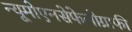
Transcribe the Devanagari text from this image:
न्यूमोएनसेफेलोग्राफी